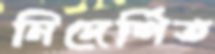
নিদের্শিত